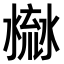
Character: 𣹳